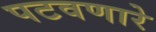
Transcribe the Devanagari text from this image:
पटवणारे